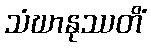
သံဃာနုဿတိံ